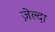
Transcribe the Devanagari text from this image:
ज़ेल्दा